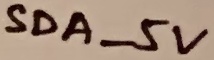
Text: SDA_5V